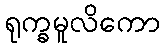
ရုက္ခမူလိကော